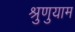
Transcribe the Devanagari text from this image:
श्रुणुयाम